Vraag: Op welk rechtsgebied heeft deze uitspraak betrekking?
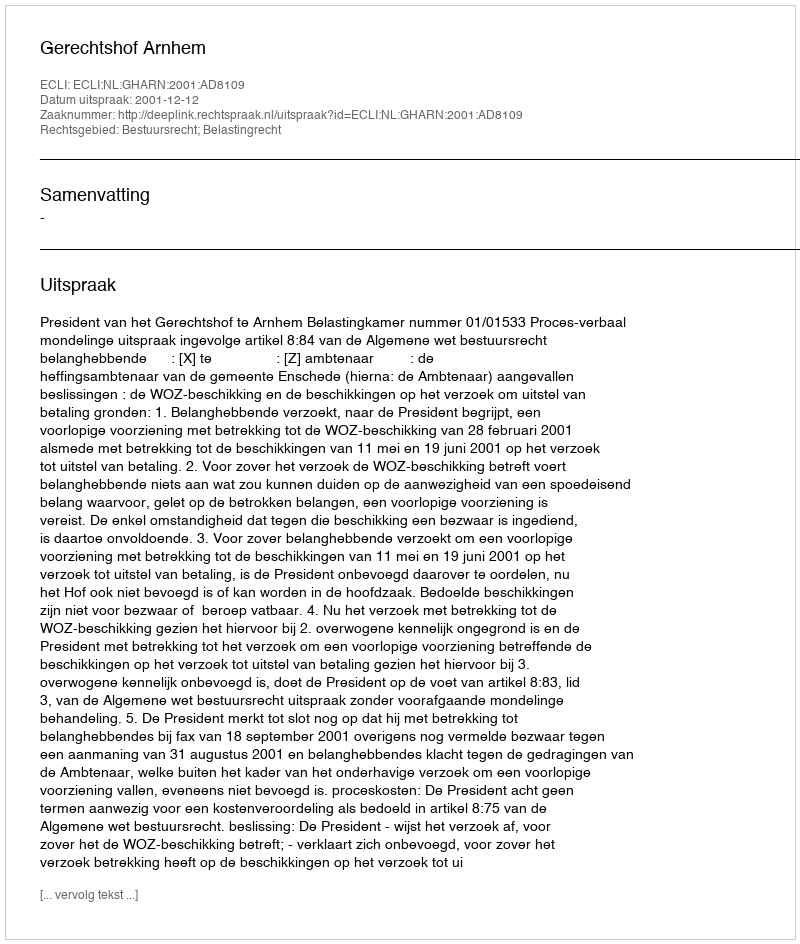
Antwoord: Bestuursrecht; Belastingrecht